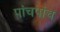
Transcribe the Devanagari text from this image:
पांचपांच